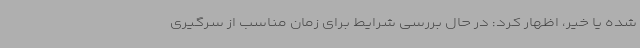
شده یا خیر، اظهار کرد: در حال بررسی شرایط برای زمان مناسب از سرگیری